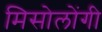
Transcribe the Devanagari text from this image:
मिसोलोंगी